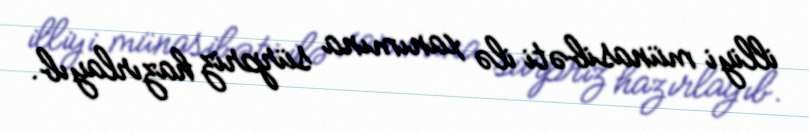
illiyi münasibəti ilə xanımına sürpriz hazırlayıb.